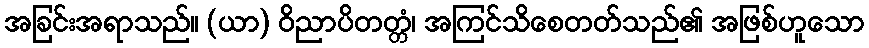
အခြင်းအရာသည်။ (ယာ) ဝိညာပိတတ္တံ၊ အကြင်သိစေတတ်သည်၏ အဖြစ်ဟူသော